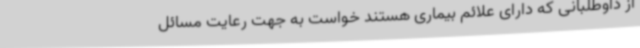
از داوطلبانی که دارای علائم بیماری هستند خواست به جهت رعایت مسائل